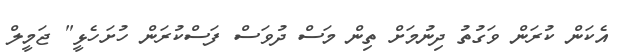
އެކަން ކުރަން ވަގުތު ދިނުމަށް ތިން މަސް ދުވަސް ފަސްކުރަން ހުށަހެޅީ" ޖަމީލް